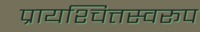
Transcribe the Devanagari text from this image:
प्रायश्चित्तस्वरूप